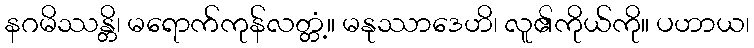
နဂမိဿန္တိ၊ မရောက်ကုန်လတ္တံ့။ မနုဿာဒေဟိ၊ လူ၏ကိုယ်ကို။ ပဟာယ၊